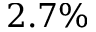
2 . 7 \%